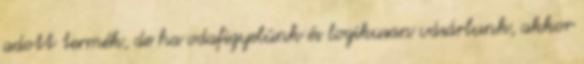
adott termék, de ha odafigyelünk és logikusan vásárlunk, akkor